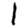
Digit: 1